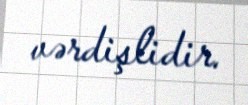
vərdişlidir.